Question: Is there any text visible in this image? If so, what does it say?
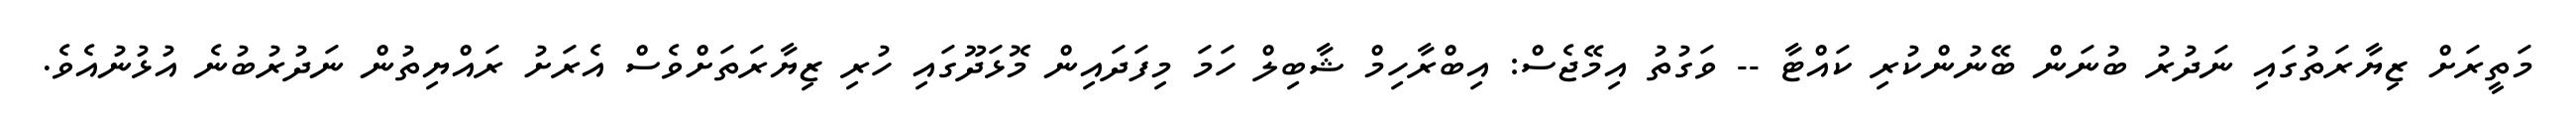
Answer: މަތީރަށް ޒިޔާރަތުގައި ނަދުރު ބުނަން ބޭނުންކުރި ކައްޓާ -- ވަގުތު އިމޭޖެސް: އިބްރާހިމް ޝާބިލް ހަމަ މިފަދައިން މޮޅަދޫގައި ހުރި ޒިޔާރަތަށްވެސް އެރަށު ރައްޔިތުން ނަދުރުބުނެ އުޅުނުއެވެ.